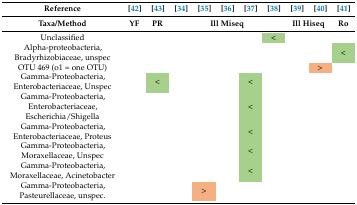
<table><thead><tr><td><b>Reference</b></td><td><b>[42]</b></td><td><b>[43]</b></td><td><b>[34]</b></td><td><b>[35]</b></td><td><b>[36]</b></td><td><b>[37]</b></td><td><b>[38]</b></td><td><b>[39]</b></td><td><b>[40]</b></td><td><b>[41]</b></td></tr><tr><td><b>Taxa/Method</b></td><td><b>YF</b></td><td><b>PR</b></td><td colspan="5"><b>Ill Miseq</b></td><td colspan="2"><b>Ill Hiseq</b></td><td><b>Ro</b></td></tr></thead><tbody><tr><td>Unclassified</td><td></td><td></td><td></td><td></td><td></td><td></td><td>&lt; </td><td></td><td></td><td></td></tr><tr><td>Alpha-proteobacteria, Bradyrhizobiaceae, unspec</td><td></td><td></td><td></td><td></td><td></td><td></td><td></td><td></td><td></td><td>&lt; </td></tr><tr><td>OTU 469 (o1 = one OTU)</td><td></td><td></td><td></td><td></td><td></td><td></td><td></td><td></td><td>&gt; </td><td></td></tr><tr><td>Gamma-Proteobacteria, Enterobacteriaceae, Unspec</td><td></td><td>&lt; </td><td></td><td></td><td></td><td>&lt; </td><td></td><td></td><td></td><td></td></tr><tr><td>Gamma-Proteobacteria, Enterobacteriaceae, Escherichia/Shigella</td><td></td><td></td><td></td><td></td><td></td><td>&lt; </td><td></td><td></td><td></td><td></td></tr><tr><td>Gamma-Proteobacteria, Enterobacteriaceae, Proteus</td><td></td><td></td><td></td><td></td><td></td><td>&lt; </td><td></td><td></td><td></td><td></td></tr><tr><td>Gamma-Proteobacteria, Moraxellaceae, Unspec</td><td></td><td></td><td></td><td></td><td></td><td>&lt; </td><td></td><td></td><td></td><td></td></tr><tr><td>Gamma-Proteobacteria, Moraxellaceae, Acinetobacter</td><td></td><td></td><td></td><td></td><td></td><td>&lt; </td><td></td><td></td><td></td><td></td></tr><tr><td>Gamma-Proteobacteria, Pasteurellaceae, unspec.</td><td></td><td></td><td></td><td>&gt; </td><td></td><td></td><td></td><td></td><td></td><td></td></tr></tbody></table>